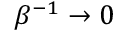
\beta ^ { - 1 } \rightarrow 0